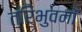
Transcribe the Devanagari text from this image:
त्रिभुवनों